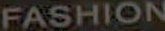
FASHION